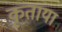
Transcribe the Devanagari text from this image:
कृताया